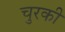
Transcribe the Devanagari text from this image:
चुरकी